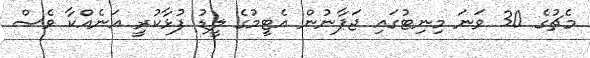
މެޗުގެ 30 ވަނަ މިނިޓުގައި ޖަޕާނުން އެޓީމުގެ ލީޑު ފުޅާކުރީ އަނެއްކާ ވެސް